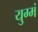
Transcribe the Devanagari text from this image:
युग्मं